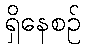
ရှိနေစဉ်